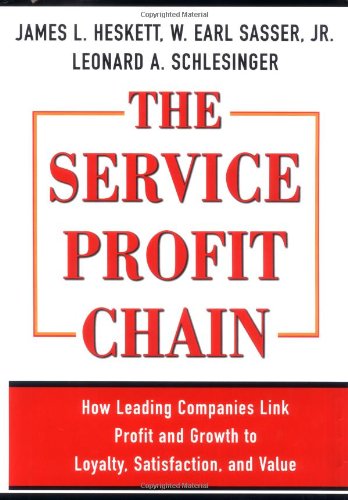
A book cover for The Service Profit Chain; James L. Heskett; Business & Money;